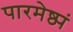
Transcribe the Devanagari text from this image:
पारमेष्ठ्यं